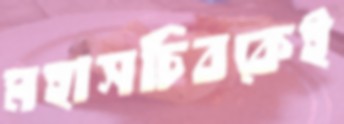
মহাসচিবকেই